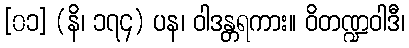
[၀၁] (နိ၊ ၁၇၄) ပန၊ ဝါဒန္တရကား။ ဝိတဏ္ဍဝါဒီ၊